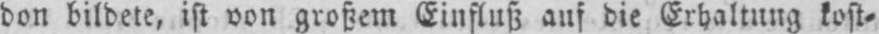
don bildete, ist von großem Einfluß auf die Erhaltung kost⸗